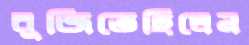
বুজিতেছিলেন